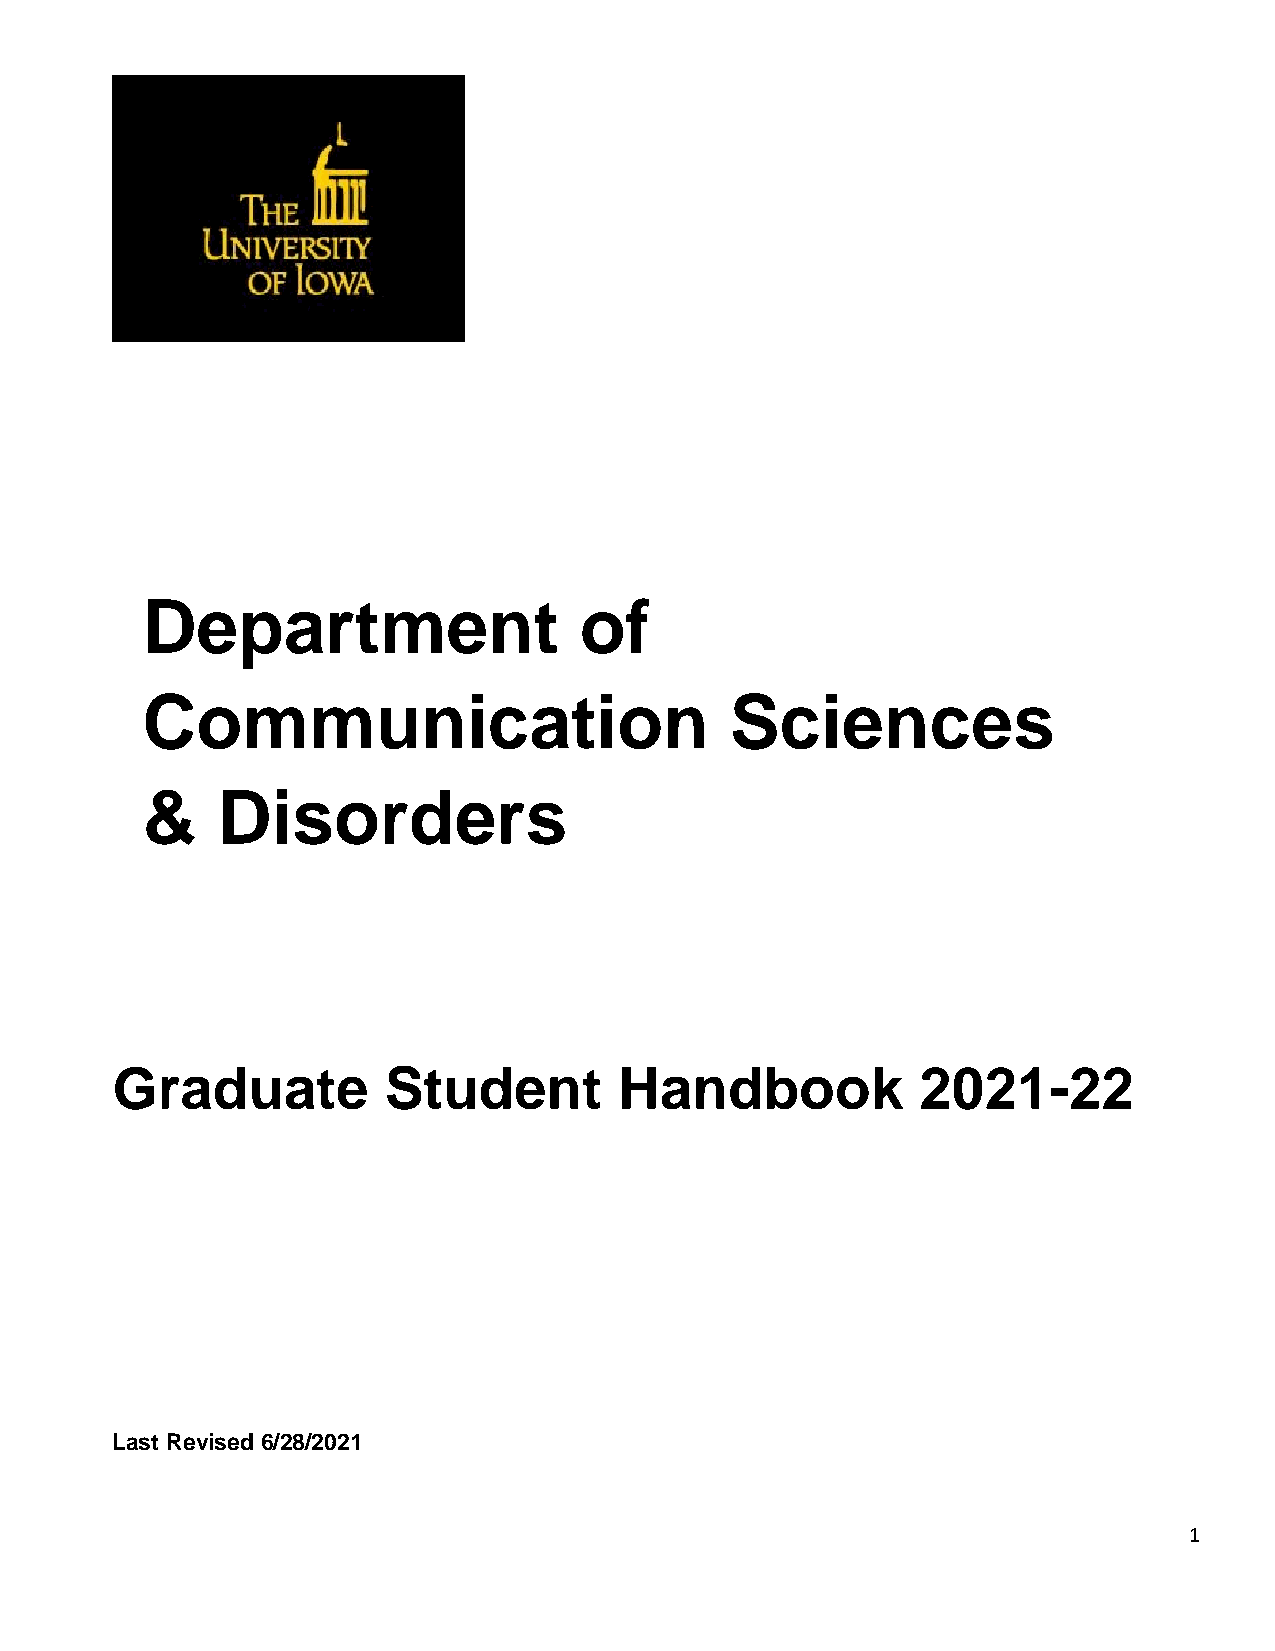
Department                   of
 Communication                          Sciences
 &    Disorders
 Graduate          Student         Handbook            2021-22
 Last Revised 6/28/2021
 1